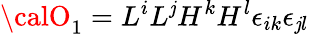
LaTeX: {\calO}_{1}=L^{i}L^{\mathit{j}}H^{k}H^{l}\epsilon_{ik}\epsilon_{\mathit{j}l}